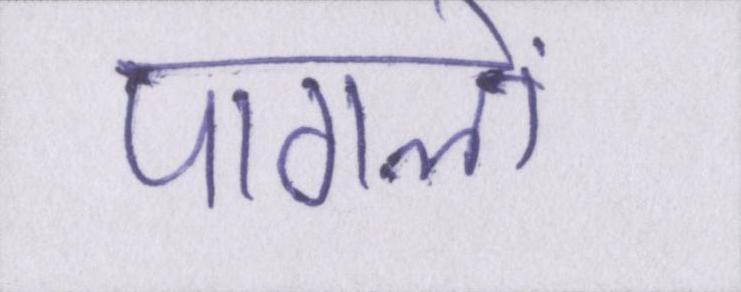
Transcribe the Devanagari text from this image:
पागलों